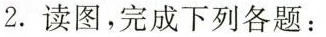
2.读图，完成下列各题：